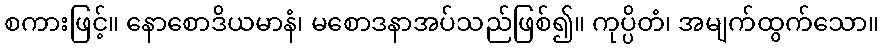
စကားဖြင့်။ နောစောဒိယမာနံ၊ မစောဒနာအပ်သည်ဖြစ်၍။ ကုပ္ပိတံ၊ အမျက်ထွက်သော။